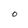
Character: O